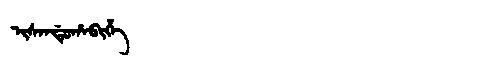
Manchu: ᡳᠰᠠᠨᡩᡠᡥᠠᠪᡳᡥᡝ
Romanization: ISANDUHABIHE